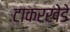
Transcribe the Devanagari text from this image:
टाकरखेडे